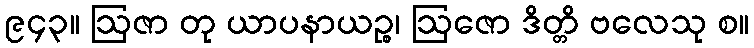
၉၄၃။ ဩဇာ တု ယာပနာယဉ္စ၊ ဩဇော ဒိတ္တိ ဗလေသု စ။